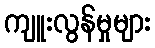
ကျူးလွန်မှုများ